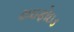
ટાઇફોઇડ